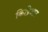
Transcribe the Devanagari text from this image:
किप्रिआट